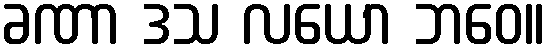
ခဏာ ဒသ လယော ဘဝေ။